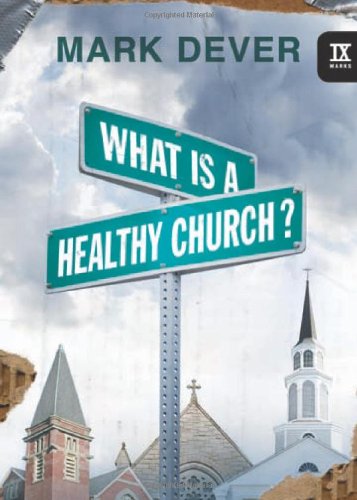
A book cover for What Is a Healthy Church? (IX Marks) (9 Marks of a Healthy Church); Mark Dever; Christian Books & Bibles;